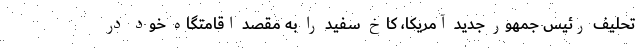
تحلیف رئیس جمهور جدید آمریکا، کاخ سفید را به مقصد اقامتگاه خود در